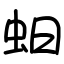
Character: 蚎